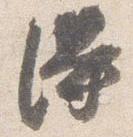
得